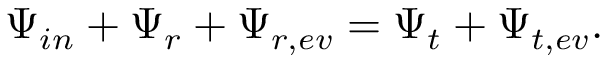
\Psi _ { i n } + \Psi _ { r } + \Psi _ { r , e v } = \Psi _ { t } + \Psi _ { t , e v } .